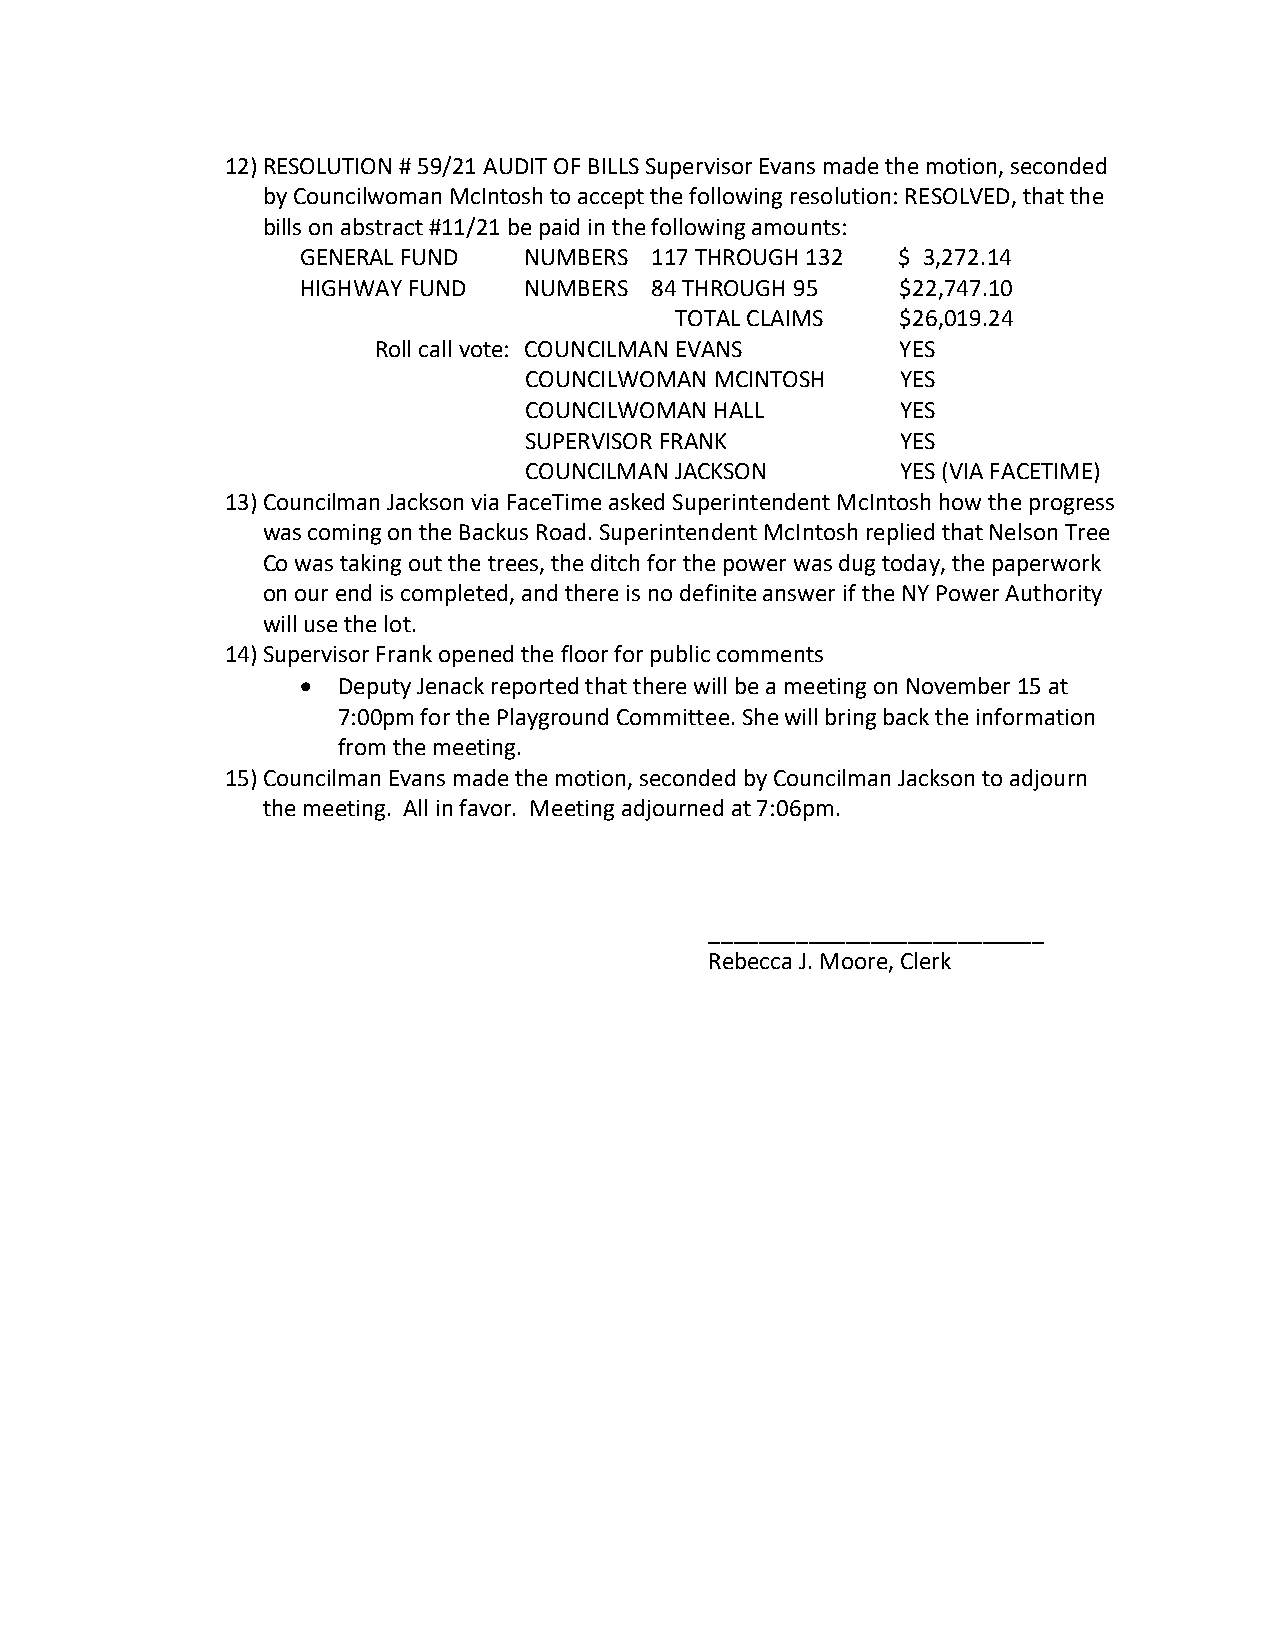
12) RESOLUTION # 59/21 AUDIT OF BILLS Supervisor Evans made the motion, seconded
 by Councilwoman McIntosh to accept the following resolution: RESOLVED, that the
 bills on abstract #11/21 be paid in the following amounts:
 GENERAL FUND   NUMBERS 117 THROUGH 132  $ 3,272.14
 HIGHWAY FUND   NUMBERS 84 THROUGH 95    $22,747.10
 TOTAL CLAIMS   $26,019.24
 Roll call vote: COUNCILMAN EVANS   YES
 COUNCILWOMAN MCINTOSH    YES
 COUNCILWOMAN HALL        YES
 SUPERVISOR FRANK         YES
 COUNCILMAN JACKSON       YES (VIA FACETIME)
 13) Councilman Jackson via FaceTime asked Superintendent McIntosh how the progress
 was coming on the Backus Road. Superintendent McIntosh replied that Nelson Tree
 Co was taking out the trees, the ditch for the power was dug today, the paperwork
 on our end is completed, and there is no definite answer if the NY Power Authority
 will use the lot.
 14) Supervisor Frank opened the floor for public comments
  Deputy Jenack reported that there will be a meeting on November 15 at
 7:00pm for the Playground Committee. She will bring back the information
 from the meeting.
 15) Councilman Evans made the motion, seconded by Councilman Jackson to adjourn
 the meeting. All in favor. Meeting adjourned at 7:06pm.
 ___________________________
 Rebecca J. Moore, Clerk